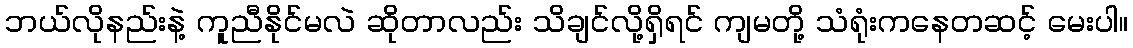
ဘယ်လိုနည်းနဲ့ ကူညီနိုင်မလဲ ဆိုတာလည်း သိချင်လို့ရှိရင် ကျမတို့ သံရုံးကနေတဆင့် မေးပါ။